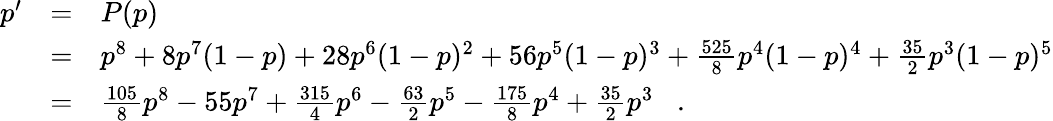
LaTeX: \begin{array}{rcl}{{p^{\prime}}}&{{=}}&{{P(p)}}\\ {{}}&{{=}}&{{p^{8}+8p^{7}(1-p)+28p^{6}(1-p)^{2}+56p^{5}(1-p)^{3}+\frac{525}{8}p^{4}(1-p)^{4}+\frac{35}{2}p^{3}(1-p)^{5}}}\\ {{}}&{{=}}&{{\frac{105}{8}p^{8}-55p^{7}+\frac{315}{4}p^{6}-\frac{63}{2}p^{5}-\frac{175}{8}p^{4}+\frac{35}{2}p^{3}\, \, \, \, \, .\, \, \, \, \, }}\end{array}